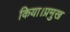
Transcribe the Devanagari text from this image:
किया।प्रमुख